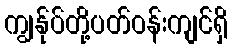
ကျွန်ုပ်တို့ပတ်ဝန်းကျင်ရှိ